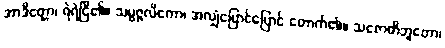
အာဒိတ္တော၊ ရဲရဲငြိ၏။ သမ္ပဇ္ဇလိကော၊ အလျှံပြောင်ပြောင် တောက်၏။ သဇောတိဘူတော၊